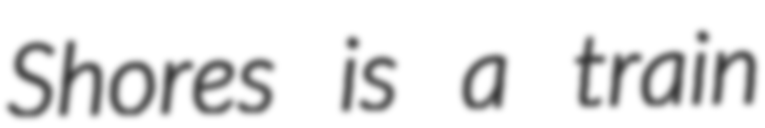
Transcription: Shores is a train